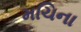
મચિના